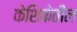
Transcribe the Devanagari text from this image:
केशिकेतील